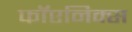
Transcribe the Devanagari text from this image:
फॉएनिक्स